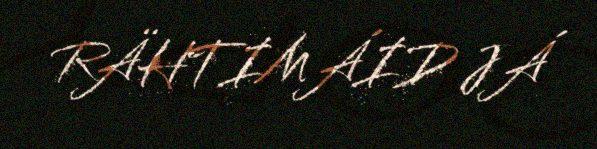
RÄHTIMÁID JÁ